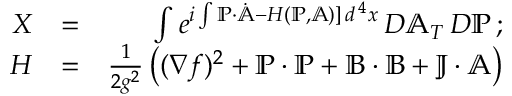
\begin{array} { r l r } { X } & { = } & { \int e ^ { i \int \mathbb { P } \cdot \dot { \mathbb { A } } - { \cal H } ( \mathbb { P } , \mathbb { A } ) ] \, d ^ { \, 4 } x } \, { \cal D } \mathbb { A } _ { T } \, { \cal D } \mathbb { P } \, ; } \\ { { \cal H } } & { = } & { { \frac { 1 } { 2 g ^ { 2 } } } \left( ( \nabla f ) ^ { 2 } + \mathbb { P } \cdot \mathbb { P } + \mathbb { B } \cdot \mathbb { B } + \mathbb { J } \cdot \mathbb { A } \right) } \end{array}